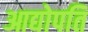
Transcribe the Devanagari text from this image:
आद्योपति